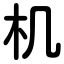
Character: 机